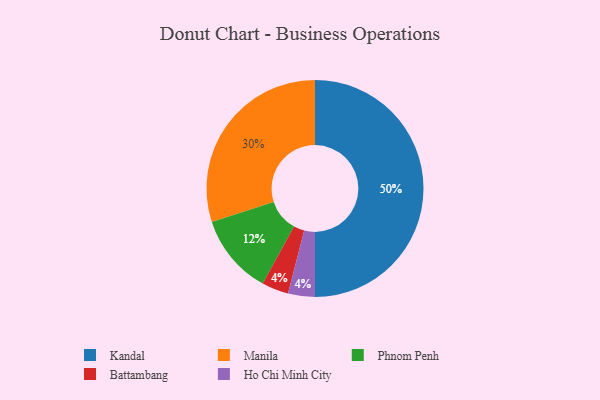
{"axis": {"x": "Category", "y": "Percentage"}, "legend": ["Battambang", "Ho Chi Minh City", "Kandal", "Manila", "Phnom Penh"], "data": [{"x": "Battambang", "y": 4, "type": "Battambang"}, {"x": "Phnom Penh", "y": 12, "type": "Phnom Penh"}, {"x": "Ho Chi Minh City", "y": 4, "type": "Ho Chi Minh City"}, {"x": "Kandal", "y": 50, "type": "Kandal"}, {"x": "Manila", "y": 30, "type": "Manila"}]}